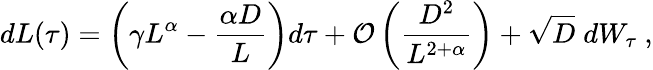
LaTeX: dL(\tau)=\left(\gamma L^{\alpha}-\frac{\alpha D}{L}\right)d\tau+\mathcal{O}\left(\frac{D^{2}}{L^{2+\alpha}}\right)+\sqrt{D}\; dW_{\tau}\ ,